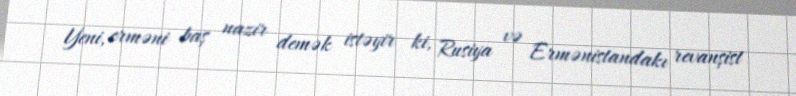
Yeni, erməni baş nazir demək istəyir ki, Rusiya və Ermənistandakı revanşist